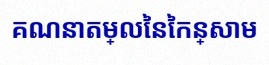
គណនាតម្លៃនៃកន្សោម